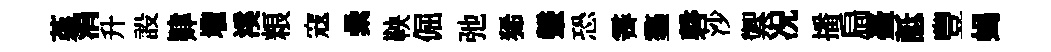
堇涓升設肄壠溪粮寇纍鞅倔弛狶鞶恐霽鏊磬沙禦况播扃臺詆豐蝎